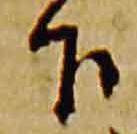
下